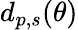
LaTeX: d_{p,s}(\theta)